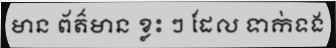
មាន ព័ត៌មាន ខ្លះ ៗ ដែល ទាក់ទង